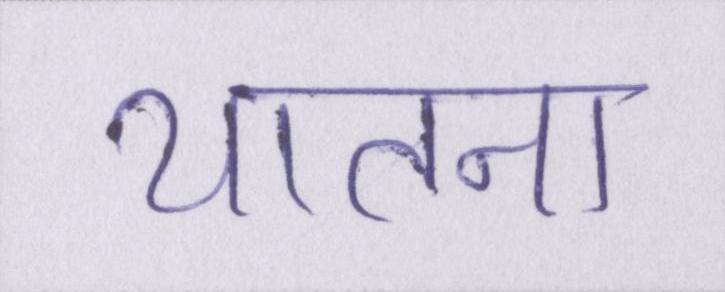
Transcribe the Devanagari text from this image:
यातना